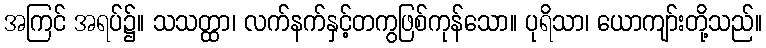
အကြင် အရပ်၌။ သသတ္ထာ၊ လက်နက်နှင့်တကွဖြစ်ကုန်သော။ ပုရိသာ၊ ယောကျာ်းတို့သည်။